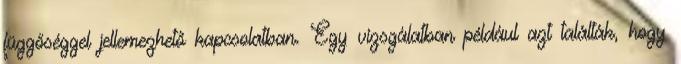
függőséggel jellemezhető kapcsolatban. Egy vizsgálatban például azt találták, hogy